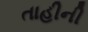
તાહીની